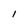
Character: I